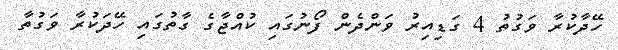
ހޭދާކުރާ ވަގުތު 4 ގަޑިއިރު ވަންދެން ފޯނުގައި ކުއްޖާގެ ގާތުގައި ހޭދަކުރާ ވަގުތާ